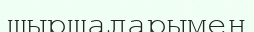
шыршаларымен